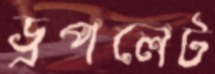
ড্রপলেট